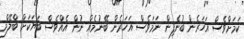
ކަމަށްވެސް އަހަރެން ބުނެފިން ނަމަވެސް އަހަރެން ބޭނުމެއް ނުން އެއްވެސް ބަޔަކަށް ބްލޭމް